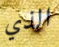
الذي